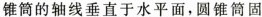
锥筒的轴线垂直于水平面，圆锥筒固